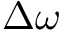
\Delta \omega